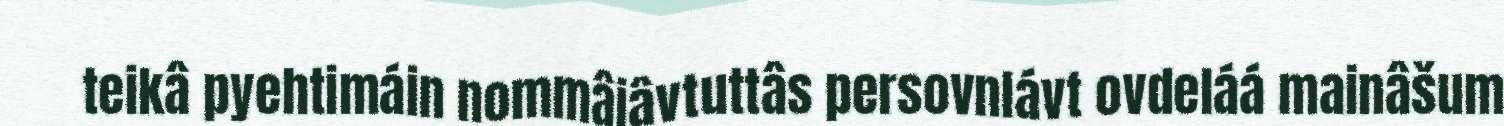
teikâ pyehtimáin nommâiâvtuttâs persovnlávt ovdeláá mainâšum